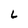
Character: L